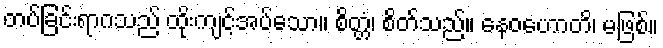
တပ်ခြင်းရာဂသည် ထိုးကျင့်အပ်သော။ စိတ္တံ၊ စိတ်သည်။ နေဝဟောတိ၊ မဖြစ်။